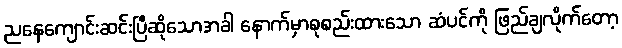
ညနေကျောင်းဆင်းပြီဆိုသောအခါ နောက်မှာစုစည်းထားသော ဆံပင်ကို ဖြည်ချလိုက်တော့